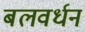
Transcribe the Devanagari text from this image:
बलवर्धन